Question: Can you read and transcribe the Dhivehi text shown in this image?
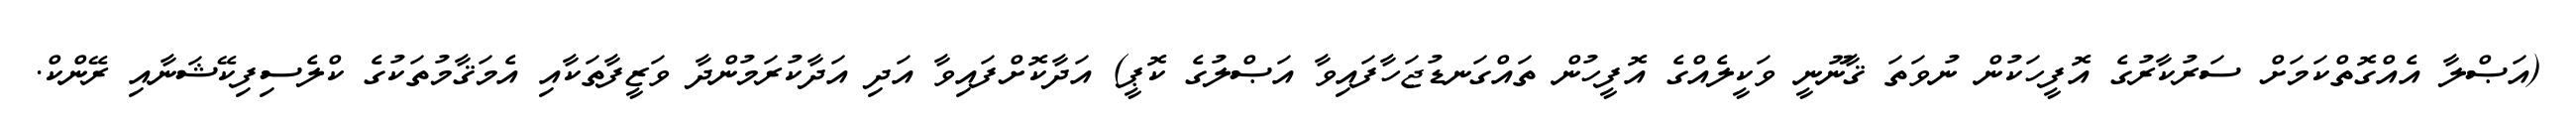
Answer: (އަޞްލާ އެއްގޮތްކަމަށް ސަރުކާރުގެ އޮފީހަކުން ނުވަތަ ޤާނޫނީ ވަކީލެއްގެ އޮފީހުން ތައްގަނޑުޖަހާފައިވާ އަޞްލުގެ ކޮޕީ) އަދާކޮށްފައިވާ އަދި އަދާކުރަމުންދާ ވަޒީފާތަކާއި އެމަޤާމުތަކުގެ ކްލެސިފިކޭޝަނާއި ރޭންކް.